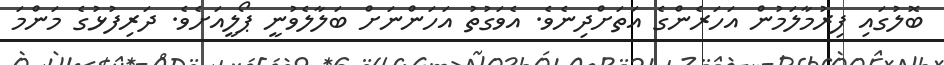
ބޮލުގައި ފިރުމާލަމުން އަހަރެންގެ އަތަށްދިނެވެ. އެވަގުތު އަހަންނަށް ބަލާލެވުނީ ޕޯލީއަށެވެ. ދަރިފުޅުގެ މަންމަ